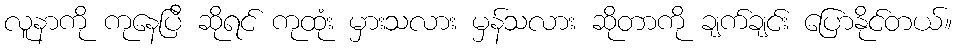
လူနာကို ကုနေပြီ ဆိုရင် ကုထုံး မှားသလား မှန်သလား ဆိုတာကို ချက်ချင်း ပြောနိုင်တယ်။